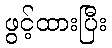
ဖွင့်ထားပြီး